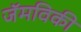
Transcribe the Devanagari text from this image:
जॅमविकी